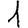
Digit: 1